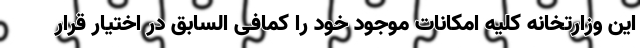
این وزارتخانه کلیه امکانات موجود خود را کمافی السابق در اختیار قرار